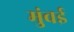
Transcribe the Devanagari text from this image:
मुंवई